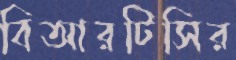
বিআরটিসির